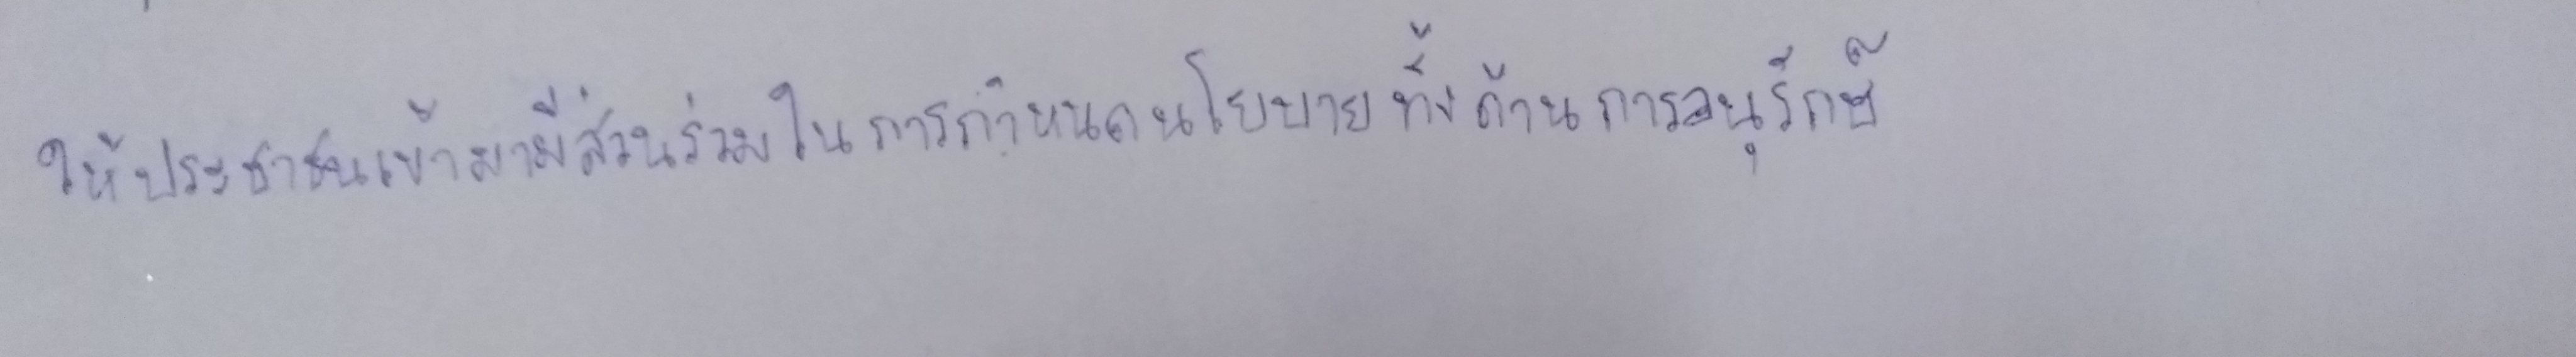
ให้ประชาชนเข้ามามีส่วนร่วมในการกำหนดนโยบายทั้งด้านการอนุรักษ์